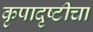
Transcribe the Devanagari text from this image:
कृपादृष्टीचा